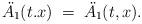
LaTeX: \begin{align*}\ddot{ A_1}(t.x) \;=\;\ddot{ A_1}(t,x) . \end{align*}